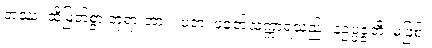
တဿ၊ ထိုမြတ်စွာ ဘုရားအား။ ပူဇာ၊ ပူဇော်သက္ကာရသည်။ နဥပ္ပဇ္ဇတိ၊ မဖြစ်။